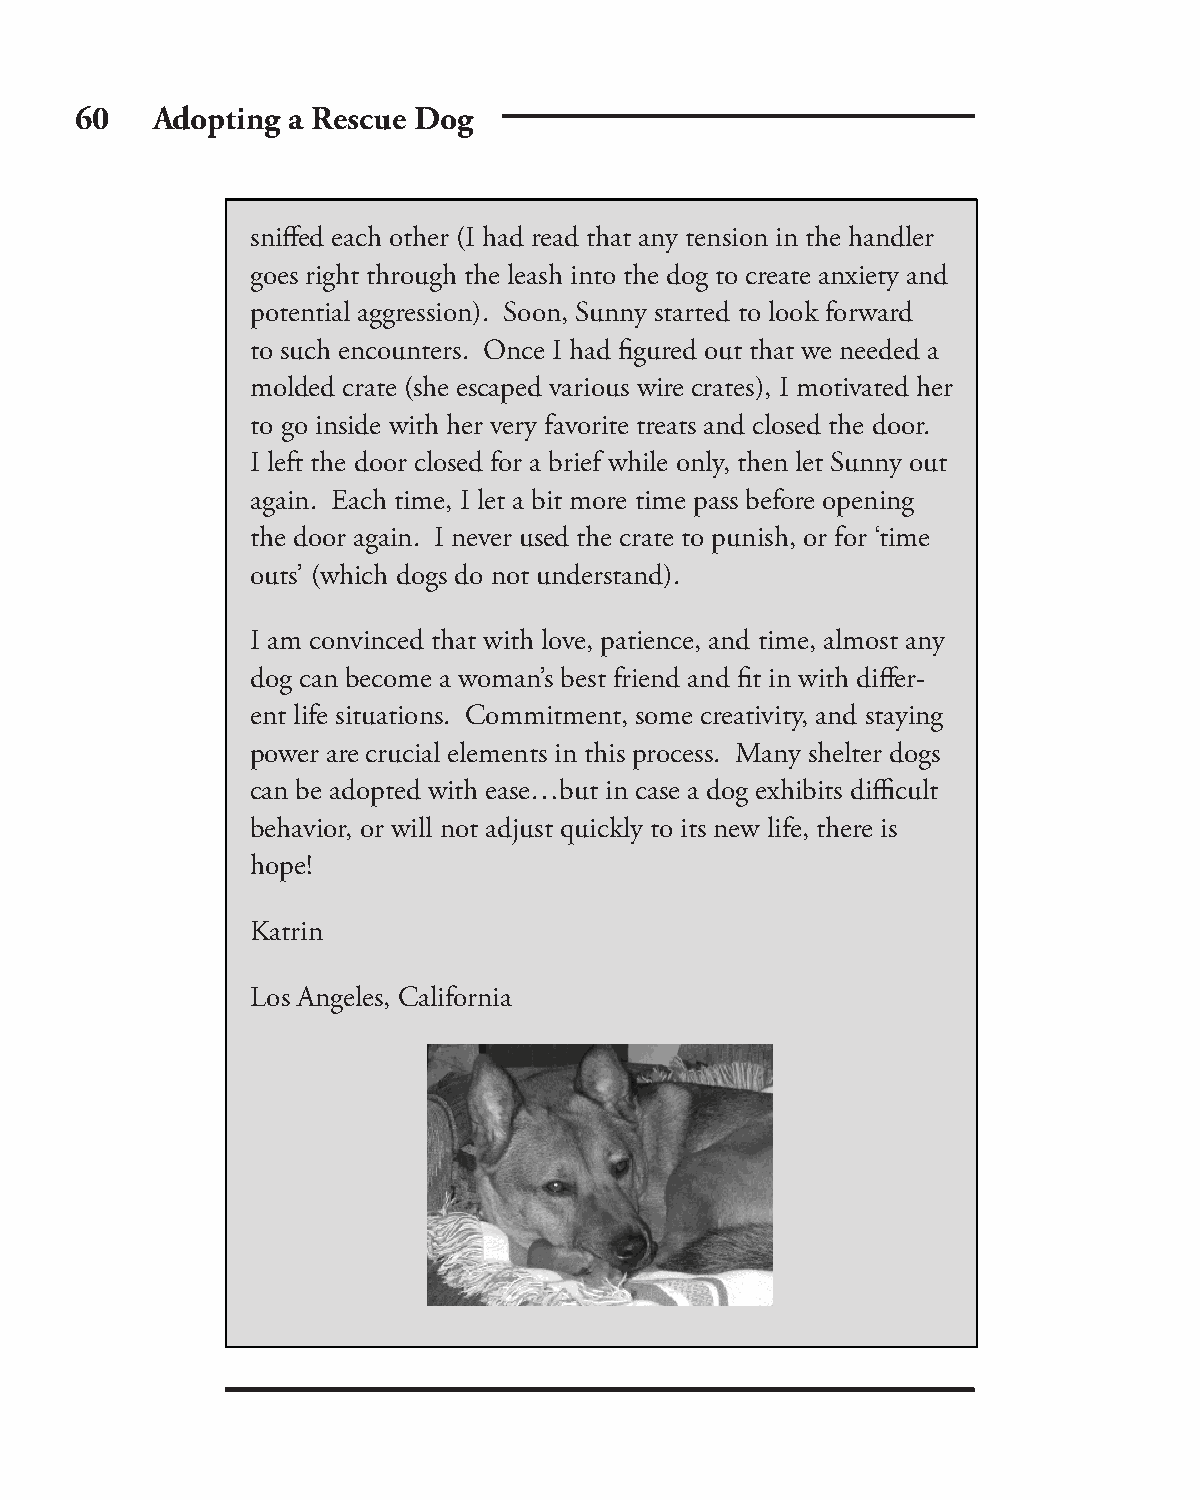
60   Adopting a Rescue Dog
 sniff ed each other (I had read that any tension in the handler
 goes right through the leash into the dog to create anxiety and
 potential aggression). Soon, Sunny started to look forward
 to such encounters. Once I had fi gured out that we needed a
 molded crate (she escaped various wire crates), I motivated her
 to go inside with her very favorite treats and closed the door.
 I left the door closed for a brief while only, then let Sunny out
 again. Each time, I let a bit more time pass before opening
 the door again. I never used the crate to punish, or for ‘time
 outs’ (which dogs do not understand).
 I am convinced that with love, patience, and time, almost any
 dog can become a woman’s best friend and fi t in with diff er-
 ent life situations. Commitment, some creativity, and staying
 power are crucial elements in this process. Many shelter dogs
 can be adopted with ease…but in case a dog exhibits diffi cult
 behavior, or will not adjust quickly to its new life, there is
 hope!
 Katrin
 Los Angeles, California